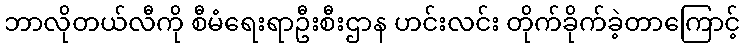
ဘာလိုတယ်လီကို စီမံရေးရာဦးစီးဌာန ဟင်းလင်း တိုက်ခိုက်ခဲ့တာကြောင့်